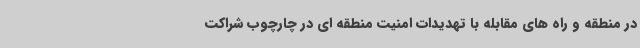
در منطقه و راه های مقابله با تهدیدات امنیت منطقه ای در چارچوب شراکت